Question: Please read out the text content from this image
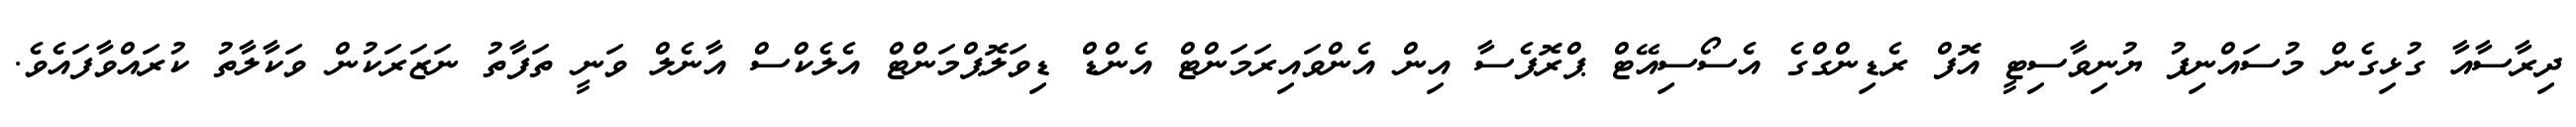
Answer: ދިރާސާއާ ގުޅިގެން މުސައްނިފު ޔުނިވާސިޓީ އޮފް ރެޑިންގްގެ އެސޯސިއޭޓް ޕްރޮފެސާ އިން އެންވައިރަމަންޓް އެންޑް ޑިވަލޮޕްމަންޓް އެލެކްސް އާނެލް ވަނީ ތަފާތު ނަޒަރަކުން ވަކާލާތު ކުރައްވާފައެވެ.